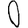
Digit: 0